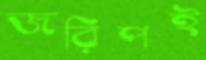
জরিপই